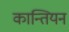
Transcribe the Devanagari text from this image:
कान्तियन